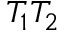
T _ { 1 } T _ { 2 }